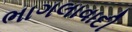
ભાગલાવાદી